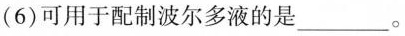
(6)可用于配制波尔多液的是___。